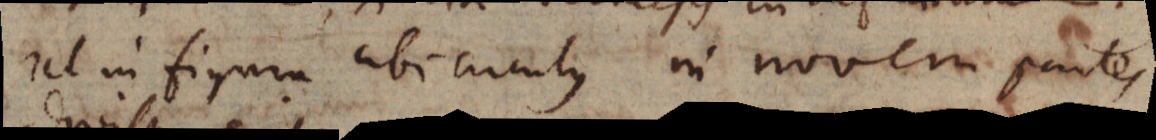
rel in figura ubi circulus in novem partes